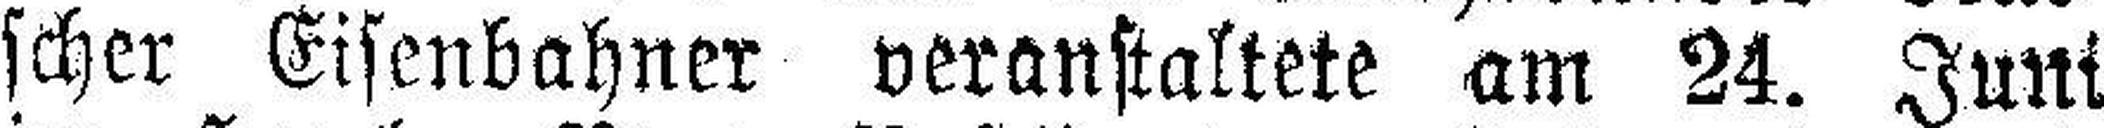
scher Eisenbahner veranstaltete am 24. Juni